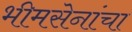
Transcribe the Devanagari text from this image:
भीमसेनांचा